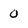
Character: 0